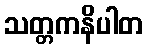
သတ္တကနိပါတ